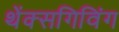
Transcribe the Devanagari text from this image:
थेंक्सगिविंग